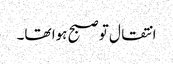
انتقال تو صبح ہوا تھا۔